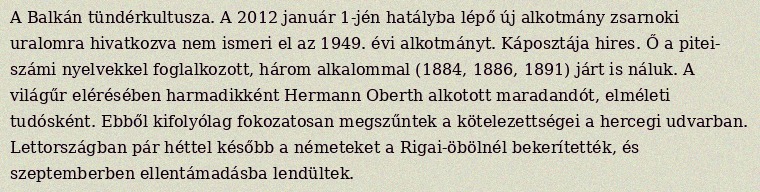
A Balkán tündérkultusza. A 2012 január 1-jén hatályba lépő új alkotmány zsarnoki uralomra hivatkozva nem ismeri el az 1949. évi alkotmányt. Káposztája hires. Ő a pitei- számi nyelvekkel foglalkozott, három alkalommal (1884, 1886, 1891) járt is náluk. A világűr elérésében harmadikként Hermann Oberth alkotott maradandót, elméleti tudósként. Ebből kifolyólag fokozatosan megszűntek a kötelezettségei a hercegi udvarban. Lettországban pár héttel később a németeket a Rigai-öbölnél bekerítették, és szeptemberben ellentámadásba lendültek.